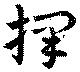
擇